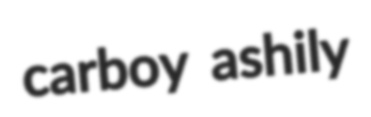
carboy ashily